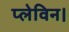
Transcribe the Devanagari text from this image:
प्लेविन।